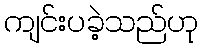
ကျင်းပခဲ့သည်ဟု